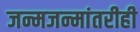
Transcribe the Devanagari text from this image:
जन्मजन्मांतरीही